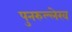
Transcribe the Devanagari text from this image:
पुनरुल्लेख